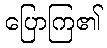
ပြောကြ၏